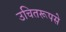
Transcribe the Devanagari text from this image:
उचितरूपसे